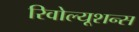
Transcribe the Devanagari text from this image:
रिवोल्यूशन्स